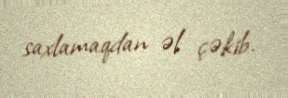
saxlamaqdan əl çəkib.